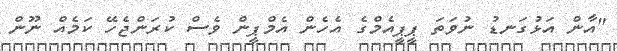
"އާން އަޅުގަނޑު ނުވަތަ ޕީޕީއެމްގެ އެހެން އެމްޕީން ވެސް ކުރަންޖެހޭ ކަމެއް ނޫން